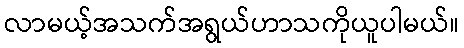
လာမယ့်အသက်အရွယ်ဟာသကိုယူပါမယ်။